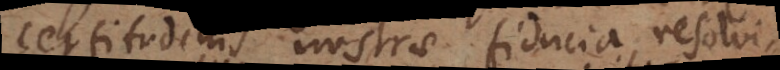
certitudinis nostrae fiducia resolvi